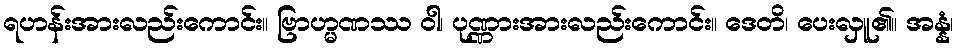
ရဟန်းအားလည်းကောင်း။ ဗြာဟ္မဏဿ ဝါ၊ ပုဏ္ဏားအားလည်းကောင်း။ ဒေတိ၊ ပေးလှူ၏။ အန္နံ၊